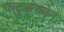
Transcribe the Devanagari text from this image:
कटुङ्कोन्